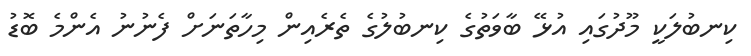
ކިނބުލަކީ މޫދުގައި އުޅޭ ބާވަތުގެ ކިނބުލުގެ ތެރެއިން މިހާތަނަށް ފެނުނު އެންމެ ބޮޑު